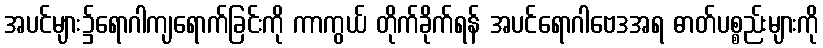
အပင်များ၌ရောဂါကျရောက်ခြင်းကို ကာကွယ် တိုက်ခိုက်ရန် အပင်ရောဂါဗေဒအရ ဓာတ်ပစ္စည်းများကို